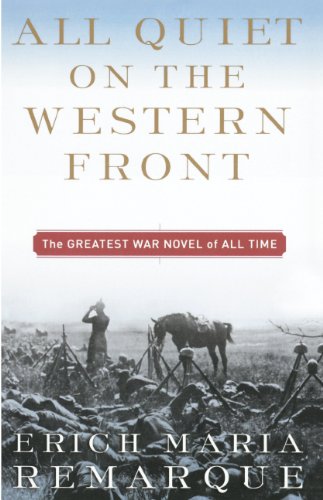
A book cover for All Quiet On The Western Front (Turtleback School & Library Binding Edition); Erich Maria Remarque; Teen & Young Adult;